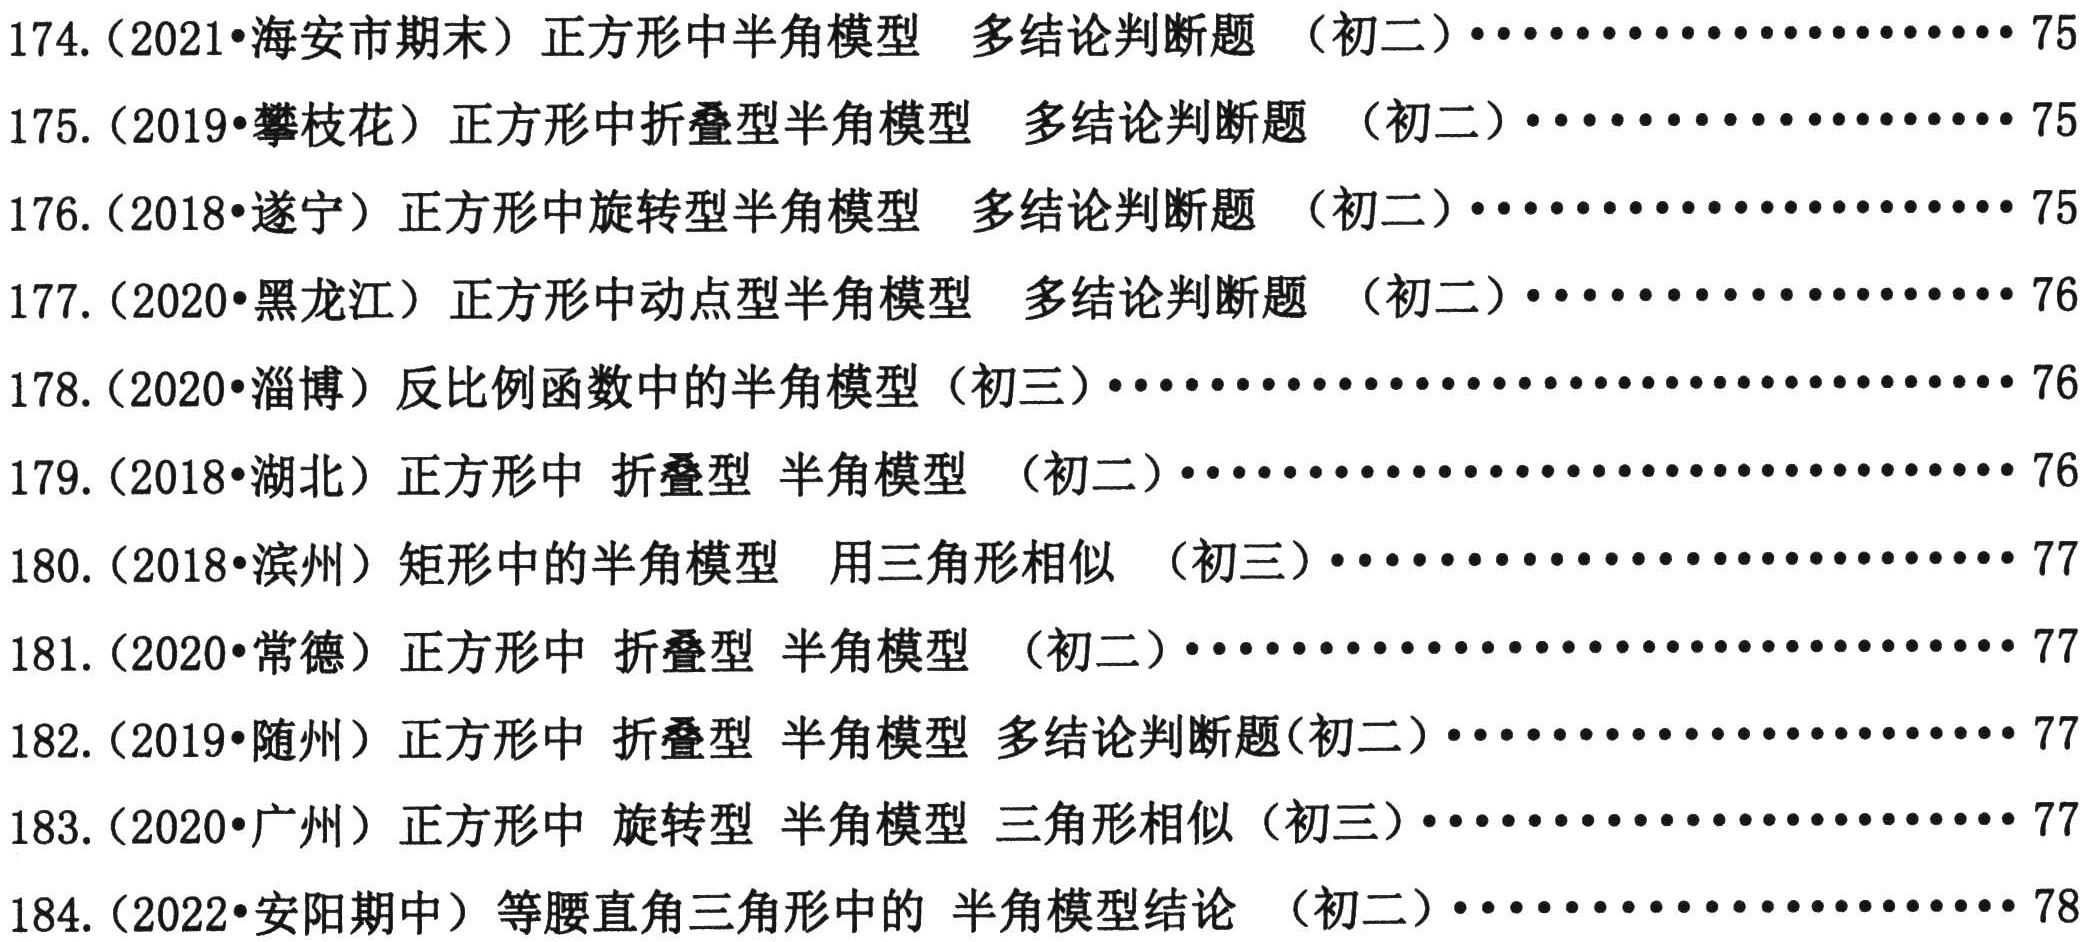
174.（2021•海安市期末）正方形中半角模型  多结论判断题 （初二）................... 75
175.（2019•攀枝花）正方形中折叠型半角模型  多结论判断题 （初二）................... 75
176.（2018•遂宁）正方形中旋转型半角模型  多结论判断题 （初二）................... 75
177.（2020•黑龙江）正方形中动点型半角模型  多结论判断题 （初二）................... 76
178.（2020•淄博）反比例函数中的半角模型（初三）.............................. 76
179.（2018•湖北）正方形中 折叠型 半角模型 （初二）.............................. 76
180.（2018•滨州）矩形中的半角模型  用三角形相似 （初三）.......................... 77
181.（2020•常德）正方形中 折叠型 半角模型 （初二）.............................. 77
182.（2019•随州）正方形中 折叠型 半角模型 多结论判断题(初二）..................... 77
183.（2020•广州）正方形中 旋转型 半角模型 三角形相似（初三）..................... 77
184.（2022•安阳期中）等腰直角三角形中的 半角模型结论 （初二）..................... 78